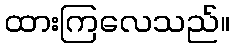
ထားကြလေသည်။